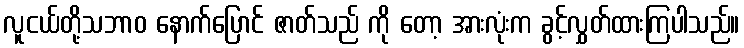
လူငယ်တို့သဘာဝ နောက်ပြောင် ဇာတ်သည် ကို တော့ အားလုံးက ခွင့်လွှတ်ထားကြပါသည်။